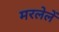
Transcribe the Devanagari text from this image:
मरलेलें